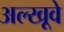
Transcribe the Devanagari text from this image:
अल्खूवे